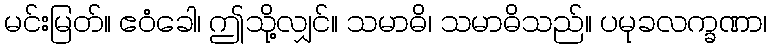
မင်းမြတ်။ ဧဝံခေါ၊ ဤသို့လျှင်။ သမာဓိ၊ သမာဓိသည်။ ပမုခလက္ခဏာ၊